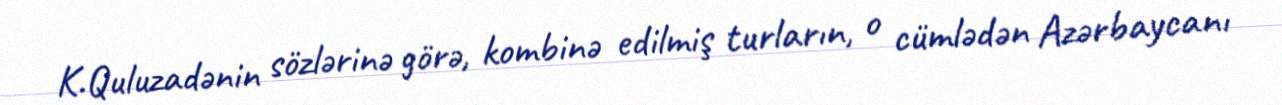
K.Quluzadənin sözlərinə görə, kombinə edilmiş turların, o cümlədən Azərbaycanı